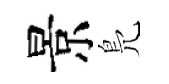
景鳬